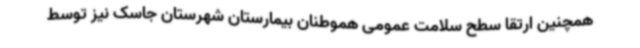
همچنین ارتقا سطح سلامت عمومی هموطنان بیمارستان شهرستان جاسک نیز توسط